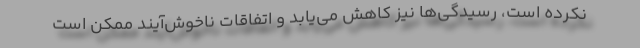
نکرده است، رسیدگی‌ها نیز کاهش می‌یابد و اتفاقات ناخوش‌آیند ممکن است